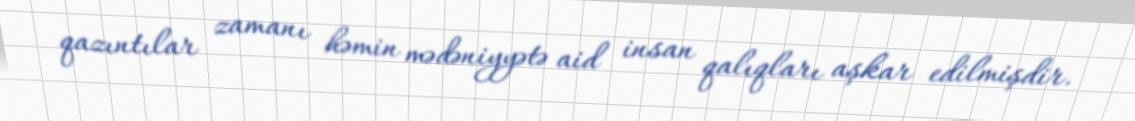
qazıntılar zamanı həmin mədəniyyətə aid insan qalıqları aşkar edilmişdir.